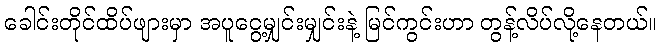
ခေါင်းတိုင်ထိပ်ဖျားမှာ အပူငွေ့မျှင်းမျှင်းနဲ့ မြင်ကွင်းဟာ တွန့်လိပ်လို့နေတယ်။